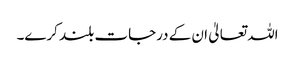
اللہ تعالیٰ ان کے درجات بلند کرے۔